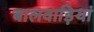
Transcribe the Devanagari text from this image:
बालवाड़ियां